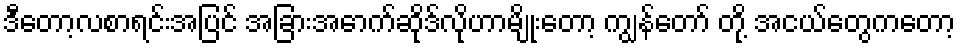
ဒီတော့လစာရင်းအပြင် အခြားအောက်ဆိုဒ်လိုဟာမျိုးတော့ ကျွန်တော် တို့ အငယ်တွေကတော့